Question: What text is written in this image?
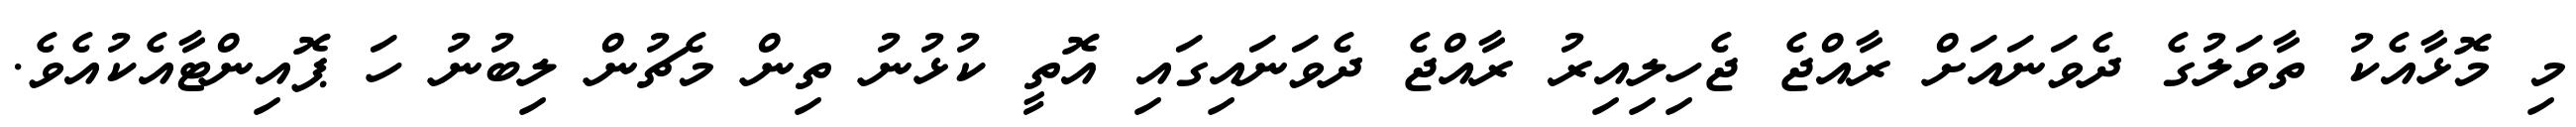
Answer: މި މޮޅާއެކު ތާވަލުގެ ދެވަނައަށް ރާއްޖެ ޖެހިލިއިރު ރާއްޖެ ދެވަނައިގައި އޮތީ ކުޅުނު ތިން މެޗުން ލިބުނު ހަ ޕޮއިންޓާއެކުއެވެ.